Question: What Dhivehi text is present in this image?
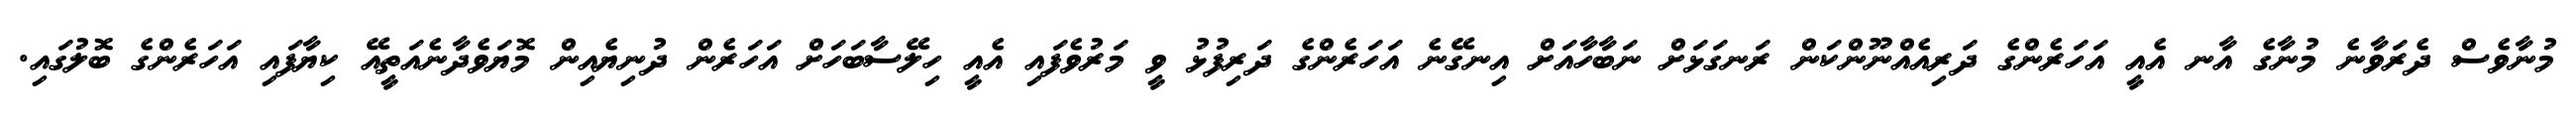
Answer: މުނާވެސް ދެރަވާނެ މުނާގެ އާނ އެއީ އަހަރެންގެ ދަރިއެއްނޫންކަން ރަނގަޅަށް ނަބާހާއަށް އިނގޭނެ އަހަރެންގެ ދަރިފުޅު ވީ މަރުވެފައި އެއީ ހިލޭސާބަހަށް އަހަރެން ދުނިޔެއިން މޮޔަވެދާނެއަތީއޭ ކިޔާފައި އަހަރެންގެ ބޮލުގައި.